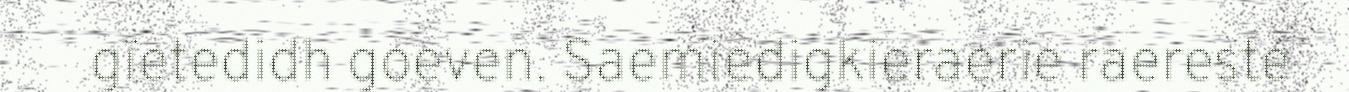
gïetedidh goeven. Saemiedigkieraerie raereste